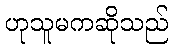
ဟုသူမကဆိုသည်